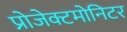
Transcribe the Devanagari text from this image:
प्रोजेक्टमोनिटर